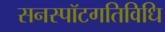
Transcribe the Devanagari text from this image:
सनस्पॉटगतिविधि